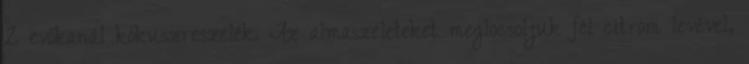
2 evőkanál kókuszreszelék. Az almaszeleteket meglocsoljuk fél citrom levével,